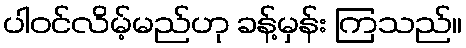
ပါဝင်လိမ့်မည်ဟု ခန့်မှန်း ကြသည်။